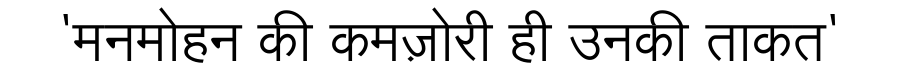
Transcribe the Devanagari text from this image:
'मनमोहन की कमज़ोरी ही उनकी ताकत'